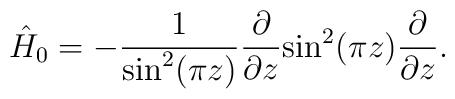
\hat{H}_0=-\frac{1}{ {\rm sin}^2(\pi z)}\frac{\partial}{\partial z}{\rm sin}^2(\pi z)\frac{\partial}{\partial z}.